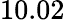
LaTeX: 10.02